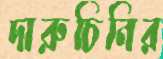
দারুচিনির